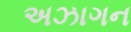
અઝાગન